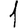
Digit: 1